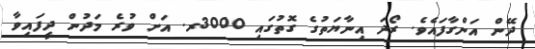
ދޭން އަންގާފައެވެ. ރޯދަ އިނާޔަތުގެ ގޮތުގައި 3000ރ. އަށް ވުރެ މަދުން ދީފައިވާ